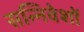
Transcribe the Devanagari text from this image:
सन्निवेशों